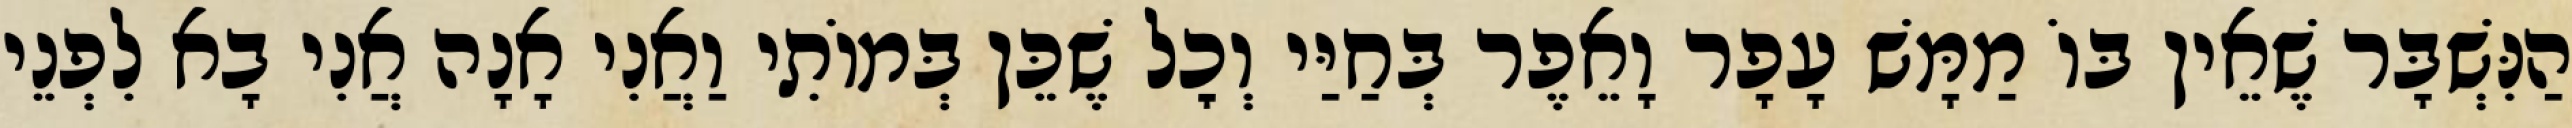
הַנִּשְׁבָּר שֶׁאֵין בּוֹ מַמָּשׁ עָפָר וָאֵפֶר בְּחַיַּי וְכׇל שֶׁכֵּן בְּמוֹתִי וַאֲנִי אָנָה אֲנִי בָא לִפְנֵי